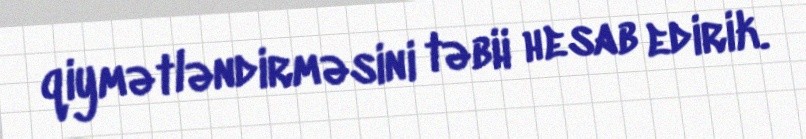
qiymətləndirməsini təbii hesab edirik.